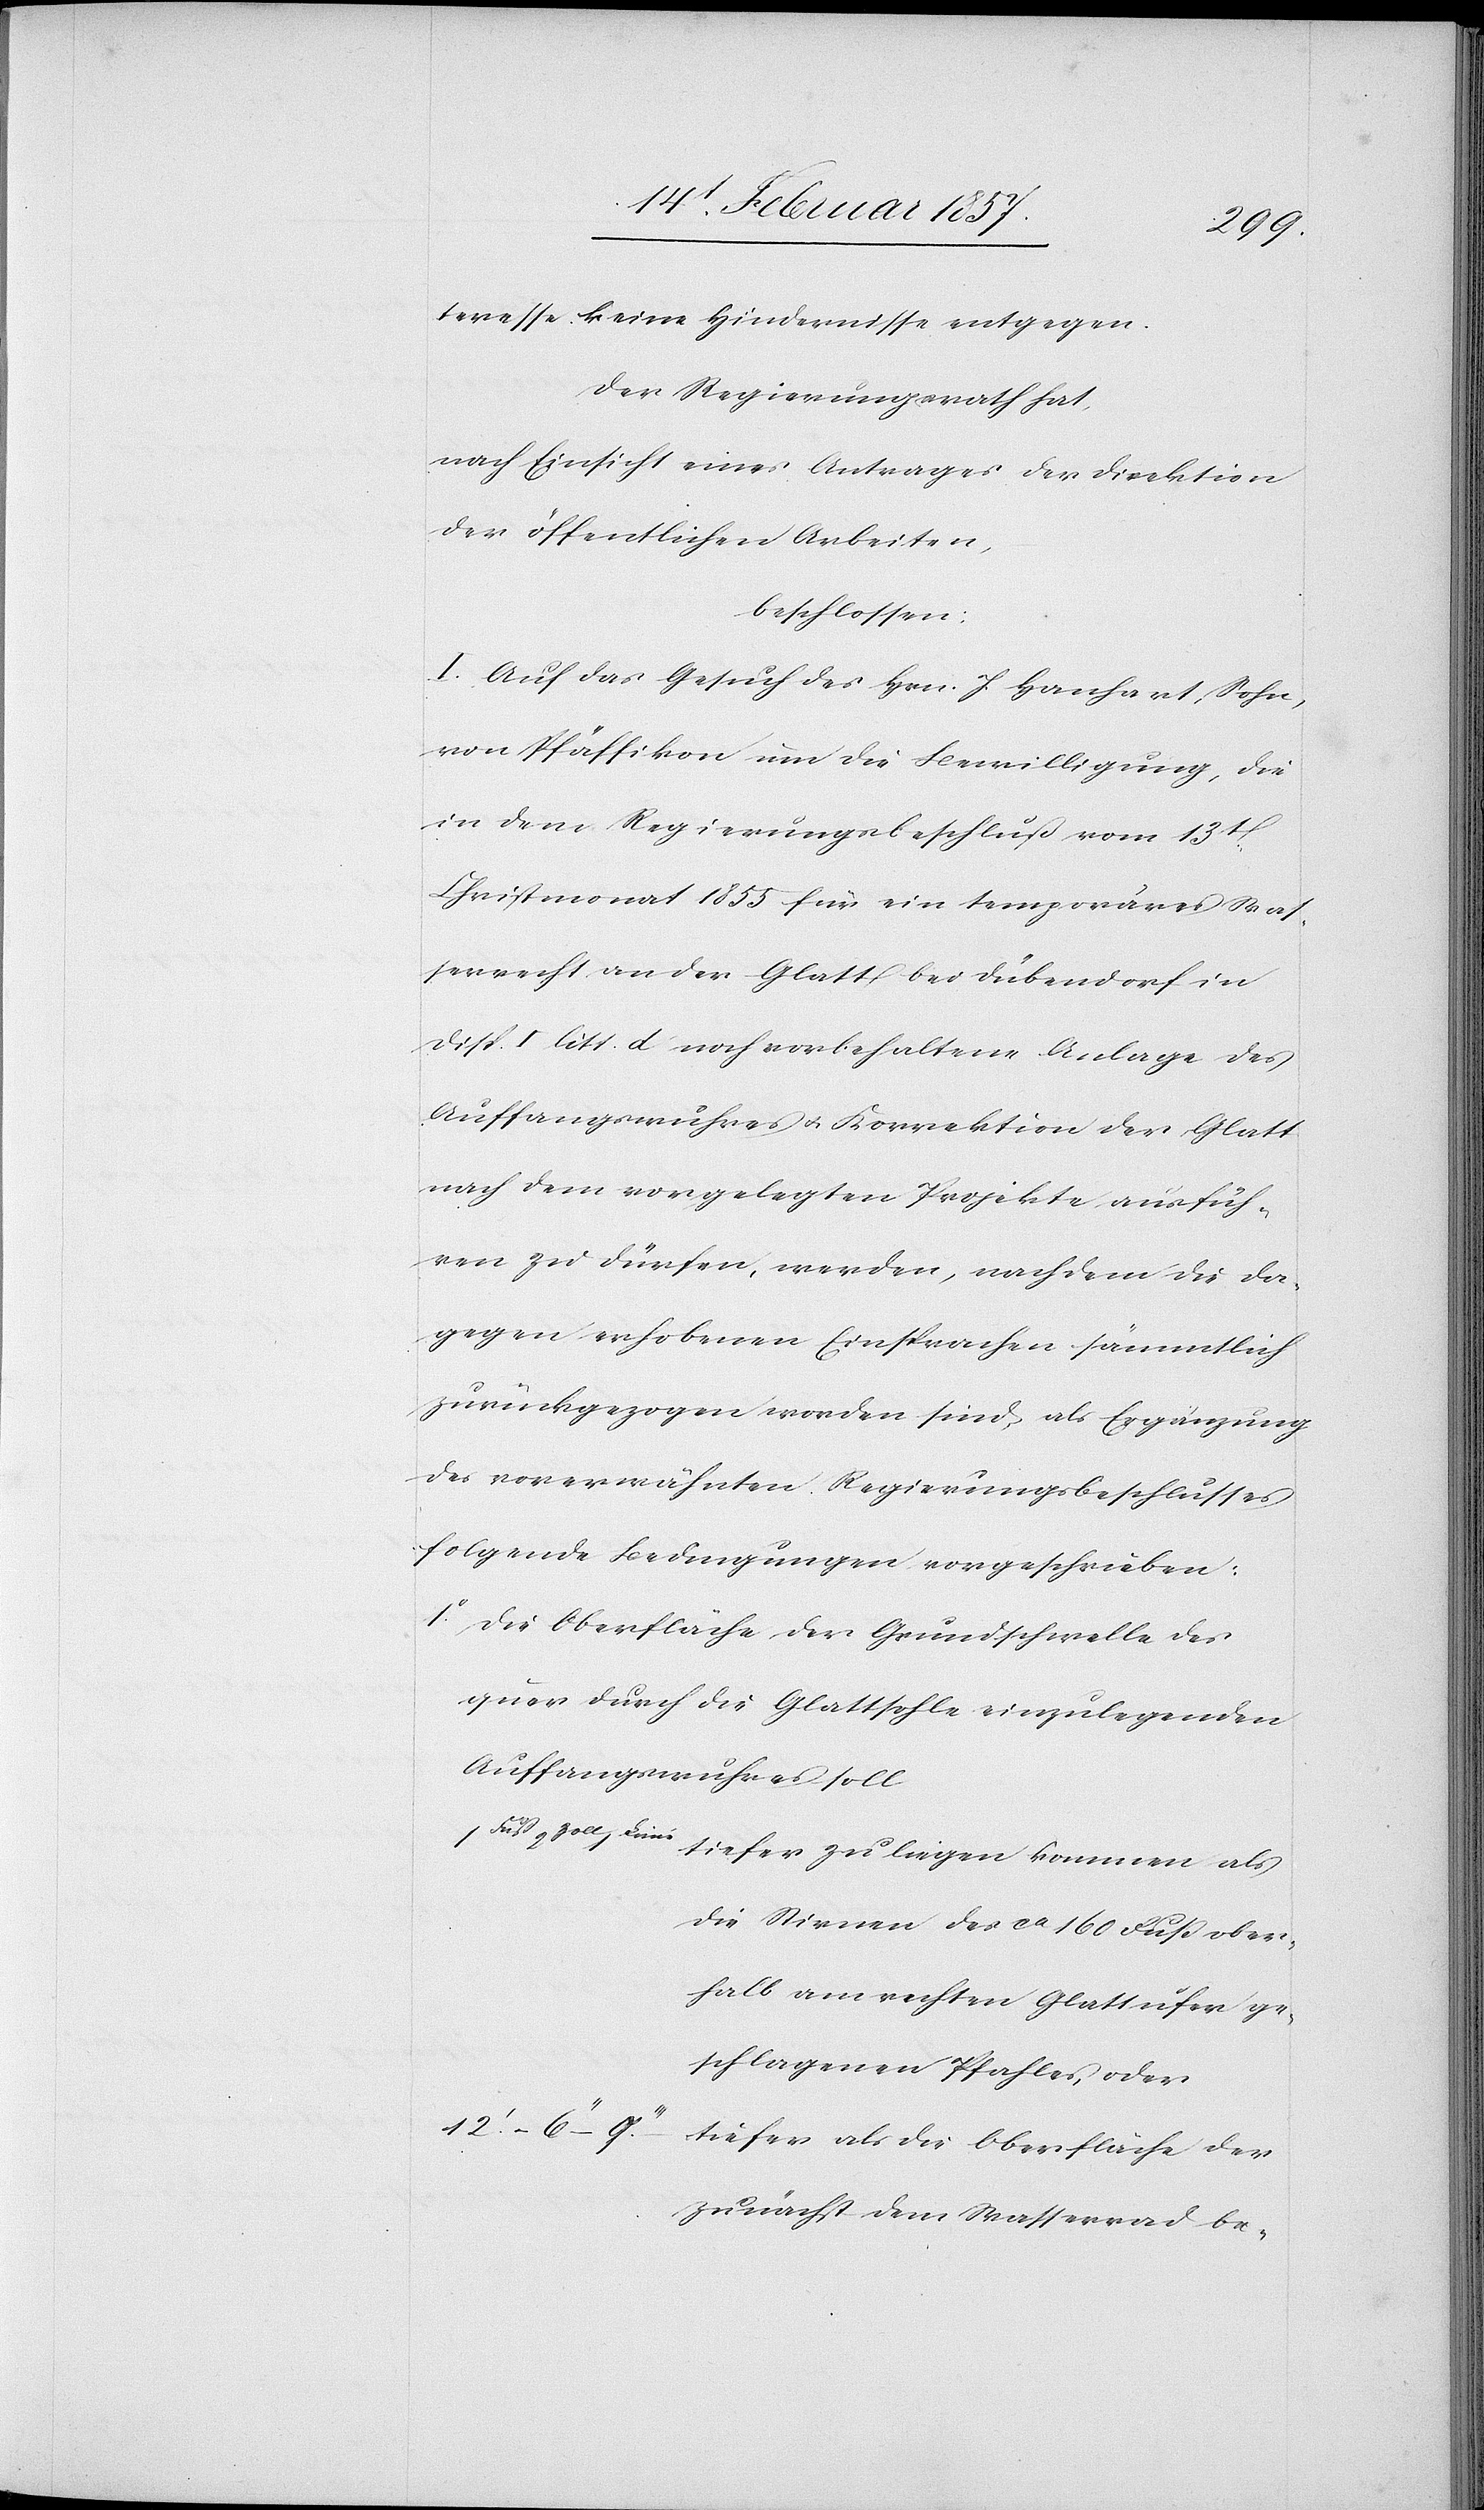
teresse keine Hindernisse entgegen.
Der Regierungsrath hat,
nach Einsicht eines Antrages der Direktion
der öffentlichen Arbeiten,
beschlossen:
I. Auf das Gesuch des Hrn. J. Hanhart, Sohn,
von Pfäffikon um die Bewilligung, die
in dem Regierungsbeschluß vom 13t
Christmonat 1855 für ein temporäres Was¬
serrecht an der Glatt bei Dübendorf in
Disp. I litt. d. noch vorbehaltene Anlage des
Auffangswuhres u. Korrektion der Glatt
nach dem vorgelegten Projekte ausfüh¬
ren zu dürfen, werden, nachdem die da¬
gegen erhobenen Einsprachen sämmtlich
zurückgezogen worden sind, als Ergänzung
des vorerwähnten Regierungsbeschlusses
folgende Bedingungen vorgeschrieben:
1o Die Oberfläche der Grundschwelle des
quer durch die Glattsohle einzulegenden
Auffangswuhres soll
Fuß 2 Zoll 1 Linie	tiefer zu liegen kommen als
die Stirnen des ca 160 Fuß ober¬
halb am rechten Glattufer ge¬
schlagenen Pfahles, oder
tiefer als die Oberfläche der
zunächst dem Wasserrad be-